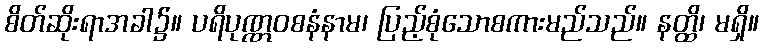
စိတ်ဆိုးရာအခါ၌။ ပရိပုဏ္ဏဝစနံနာမ၊ ပြည့်စုံသောစကားမည်သည်။ နတ္ထိ၊ မရှိ။